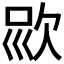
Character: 𣢱